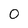
Character: O